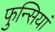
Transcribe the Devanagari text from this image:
फुन्सियां